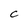
Character: C